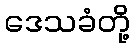
ဒေသခံတို့